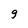
Character: g